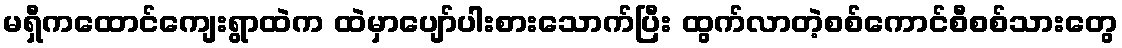
မရှီကထောင်ကျေးရွာထဲက ထဲမှာပျော်ပါးစားသောက်ပြီး ထွက်လာတဲ့စစ်ကောင်စီစစ်သားတွေ